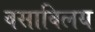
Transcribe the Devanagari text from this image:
वसाविलय